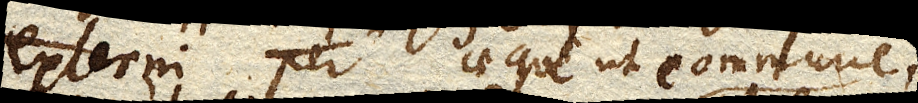
externi aeque ut commune,